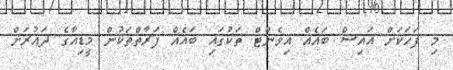
މި ފަހަކަށް އައިސް ބައެއް އިވެންޓް ތަކުގައި ބައެއް ފަރާތްތަކުން މީޑިއާގެ ދައުރަށް